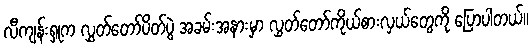
လီကျန်းရှုက လွှတ်တော်ပိတ်ပွဲ အခမ်းအနားမှာ လွှတ်တော်ကိုယ်စားလှယ်တွေကို ပြောပါတယ်။